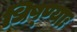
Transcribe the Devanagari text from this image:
धिष्ण्याः